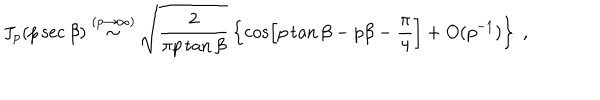
J _ { p } ( p \sec \beta ) \stackrel { ( p \rightarrow \infty ) } { \sim } \sqrt { \frac { 2 } { \pi p \tan \beta } } \left\{ \cos \left[ p \tan \beta - p \beta - \frac { \pi } { 4 } \right] + O ( p ^ { - 1 } ) \right\} \; ,